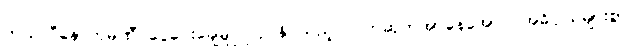
တယ်လီနောကုမ္ပဏီ ငွေပေးချေမှုပြုလုပ်နိုင်သည့် လက်ဆုတ်အာနေအောင် အဓိပ္ပါယ်များစွာ